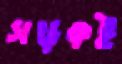
সড়কই